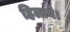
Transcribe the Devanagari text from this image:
हिलाये।